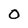
Character: 0